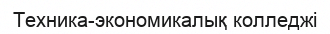
Техника-экономикалық колледжі